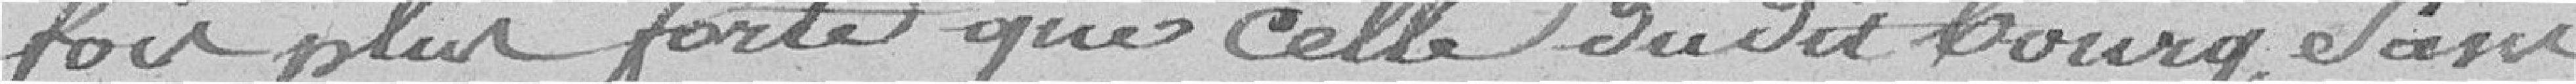
fois plus forte que celle dudit bourg sans